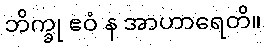
ဘိက္ခု ဧဝံ န အာဟာရေတိ။